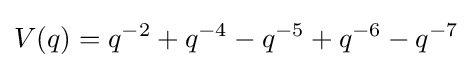
V(q)=q^{-2}+q^{-4}-q^{-5}+q^{-6}-q^{-7}